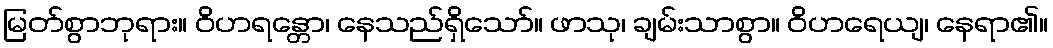
မြတ်စွာဘုရား။ ဝိဟရန္တော၊ နေသည်ရှိသော်။ ဖာသု၊ ချမ်းသာစွာ။ ဝိဟရေယျ၊ နေရာ၏။